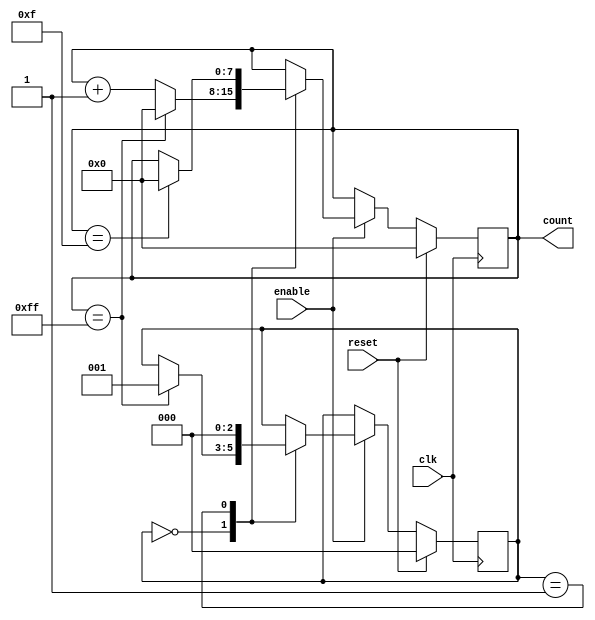
module ModulusCounter (
  input clk,
  input reset,
  input enable,
  output reg [7:0] count
);

reg [2:0] state; // State variable for state machine

always @(posedge clk) begin
  if (reset) begin
    state <= 3'b000; // Reset state machine
    count <= 8'b00000000; // Reset count value
  end else if (enable) begin
    case(state)
      3'b000: begin // Initial state
        if (count == 8'b11111111) begin
          count <= 8'b00000000; // Reset count value
          state <= 3'b001; // Move to next state
        end else begin
          count <= count + 1; // Increment count value
        end
      end
      3'b001: begin // State to check modulus
        if (count == 8'h0F) begin // Modulus value is 15 (for example)
          count <= 8'b00000000; // Reset count value
          state <= 3'b000; // Reset state machine
        end else begin
          state = 3'b000; // Move back to initial state
        end
      end
    endcase
  end
end

endmodule